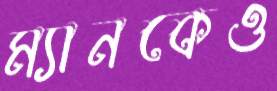
ম্যানকেও